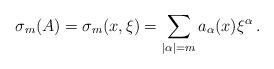
LaTeX: \begin{align*}\sigma _m (A)=\sigma _m (x,\xi)=\sum_{|\alpha|= m} a_{\alpha}(x){\xi}^{\alpha}\,.\end{align*}